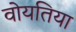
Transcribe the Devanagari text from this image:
वोयतिया